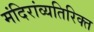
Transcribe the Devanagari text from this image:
मंदिरांव्यतिरिक्त